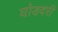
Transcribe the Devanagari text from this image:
घोडदरी